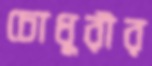
চোধুরীর